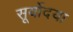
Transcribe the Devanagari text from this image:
सूर्योदया